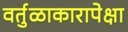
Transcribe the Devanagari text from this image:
वर्तुळाकारापेक्षा